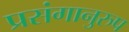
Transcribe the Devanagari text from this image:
प्रसंगानुरुप